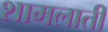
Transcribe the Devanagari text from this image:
शामलाती